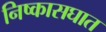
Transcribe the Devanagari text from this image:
निष्कासघात